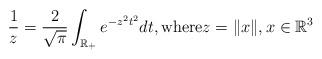
LaTeX: \begin{align*} \frac{1}{z}= \frac{2}{\sqrt{\pi}}\int_{\mathbb{R}_+} e^{- z^2 t^2 } dt, \mbox{where}z=\|x\|, x \in \mathbb{R}^3 \end{align*}